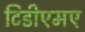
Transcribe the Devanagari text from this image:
टिडीएमए